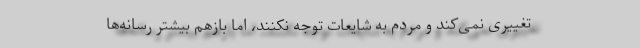
تغییری نمی‌کند و مردم به شایعات توجه نکنند، اما بازهم بیشتر رسانه‌ها